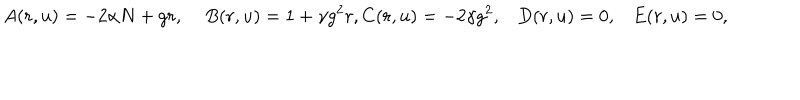
A ( r , u ) = - 2 \alpha N + g r , \; B ( r , u ) = 1 + \gamma g ^ { 2 } r , C ( r , u ) = - 2 \gamma g ^ { 2 } , D ( r , u ) = 0 , E ( r , u ) = 0 ,